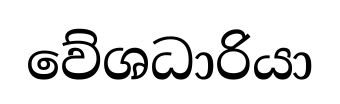
වේශධාරියා